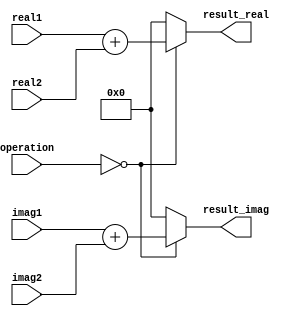
module ComplexALU (
    input [7:0] real1,
    input [7:0] imag1,
    input [7:0] real2,
    input [7:0] imag2,
    input [1:0] operation,
    output reg [7:0] result_real,
    output reg [7:0] result_imag
);

always @(*) begin
    case(operation)
        2'b00: begin // Addition operation
            result_real = real1 + real2;
            result_imag = imag1 + imag2;
        end
        default: begin
            result_real = 8'b0;
            result_imag = 8'b0;
        end
    endcase
end

endmodule